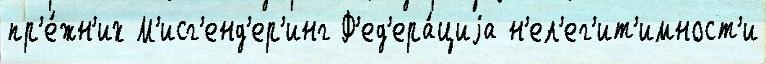
пр'е́жн'их М'исг'енд'ер'инг Ф'ед'ера́циjа н'ел'ег'ит'имност'и